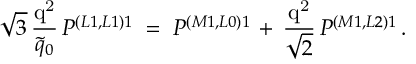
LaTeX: \sqrt { 3 } \, { \frac { \mathrm { q ^ { 2 } } } { \tilde { q } _ { 0 } } } \, P ^ { \left( L 1 , L 1 \right) 1 } \; = \; P ^ { \left( M 1 , L 0 \right) 1 } \, + \, { \frac { \mathrm { q ^ { 2 } } } { \sqrt { 2 } } } \, P ^ { \left( M 1 , L 2 \right) 1 } \, .